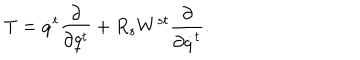
T = \dot { q } ^ { t } \frac { \partial } { \partial q ^ { t } } + R _ { s } W ^ { s t } \frac { \partial } { \partial \dot { q } ^ { t } } .